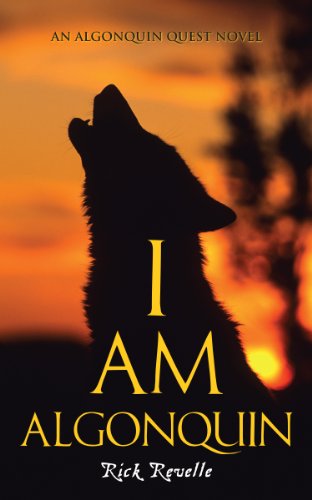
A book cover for I Am Algonquin: An Algonquin Quest Novel (An Algonguin Quest Novel); Rick Revelle; Teen & Young Adult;